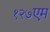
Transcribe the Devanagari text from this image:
१२७एम